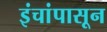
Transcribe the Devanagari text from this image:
इंचांपासून